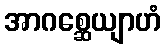
အာဂစ္ဆေယျာဟံ